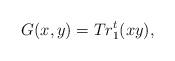
LaTeX: \begin{align*}G(x,y) = Tr_1^t(x y), \end{align*}